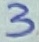
Text: 3